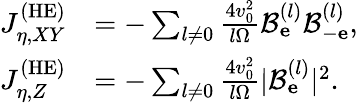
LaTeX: \begin{array}{rl}{J_{\eta,XY}^{\mathrm{(HE)}}}&{=-\sum_{l\neq 0}\frac{4v_{0}^{2}}{l\Omega}\mathcal{B}_{\mathbf e}^{(l)}\mathcal{B}_{-\mathbf e}^{(l)},}\\ {J_{\eta,Z}^{\mathrm{(HE)}}}&{=-\sum_{l\neq 0}\frac{4v_{0}^{2}}{l\Omega}|\mathcal{B}_{\mathbf e}^{(l)}|^{2}.}\end{array}